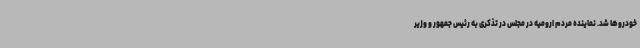
خودروها شد. نماینده مردم ارومیه در مجلس در تذکری به رئیس جمهور و وزیر